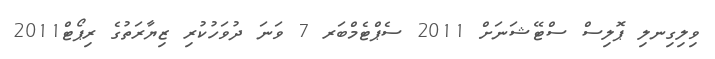
ވިލިގިނލި ޕޮލިސް ސްޓޭޝަނަށް 2011 ސެޕްޓެމްބަރ 7 ވަނަ ދުވަހުކުރި ޒިޔާރަތުގެ ރިޕޯޓް2011